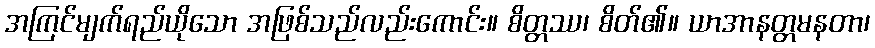
အကြင်မျက်ရည်ယိုသော အဖြစ်သည်လည်းကောင်း။ စိတ္တဿ၊ စိတ်၏။ ယာအာနတ္တမနတာ၊